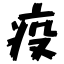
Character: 疫